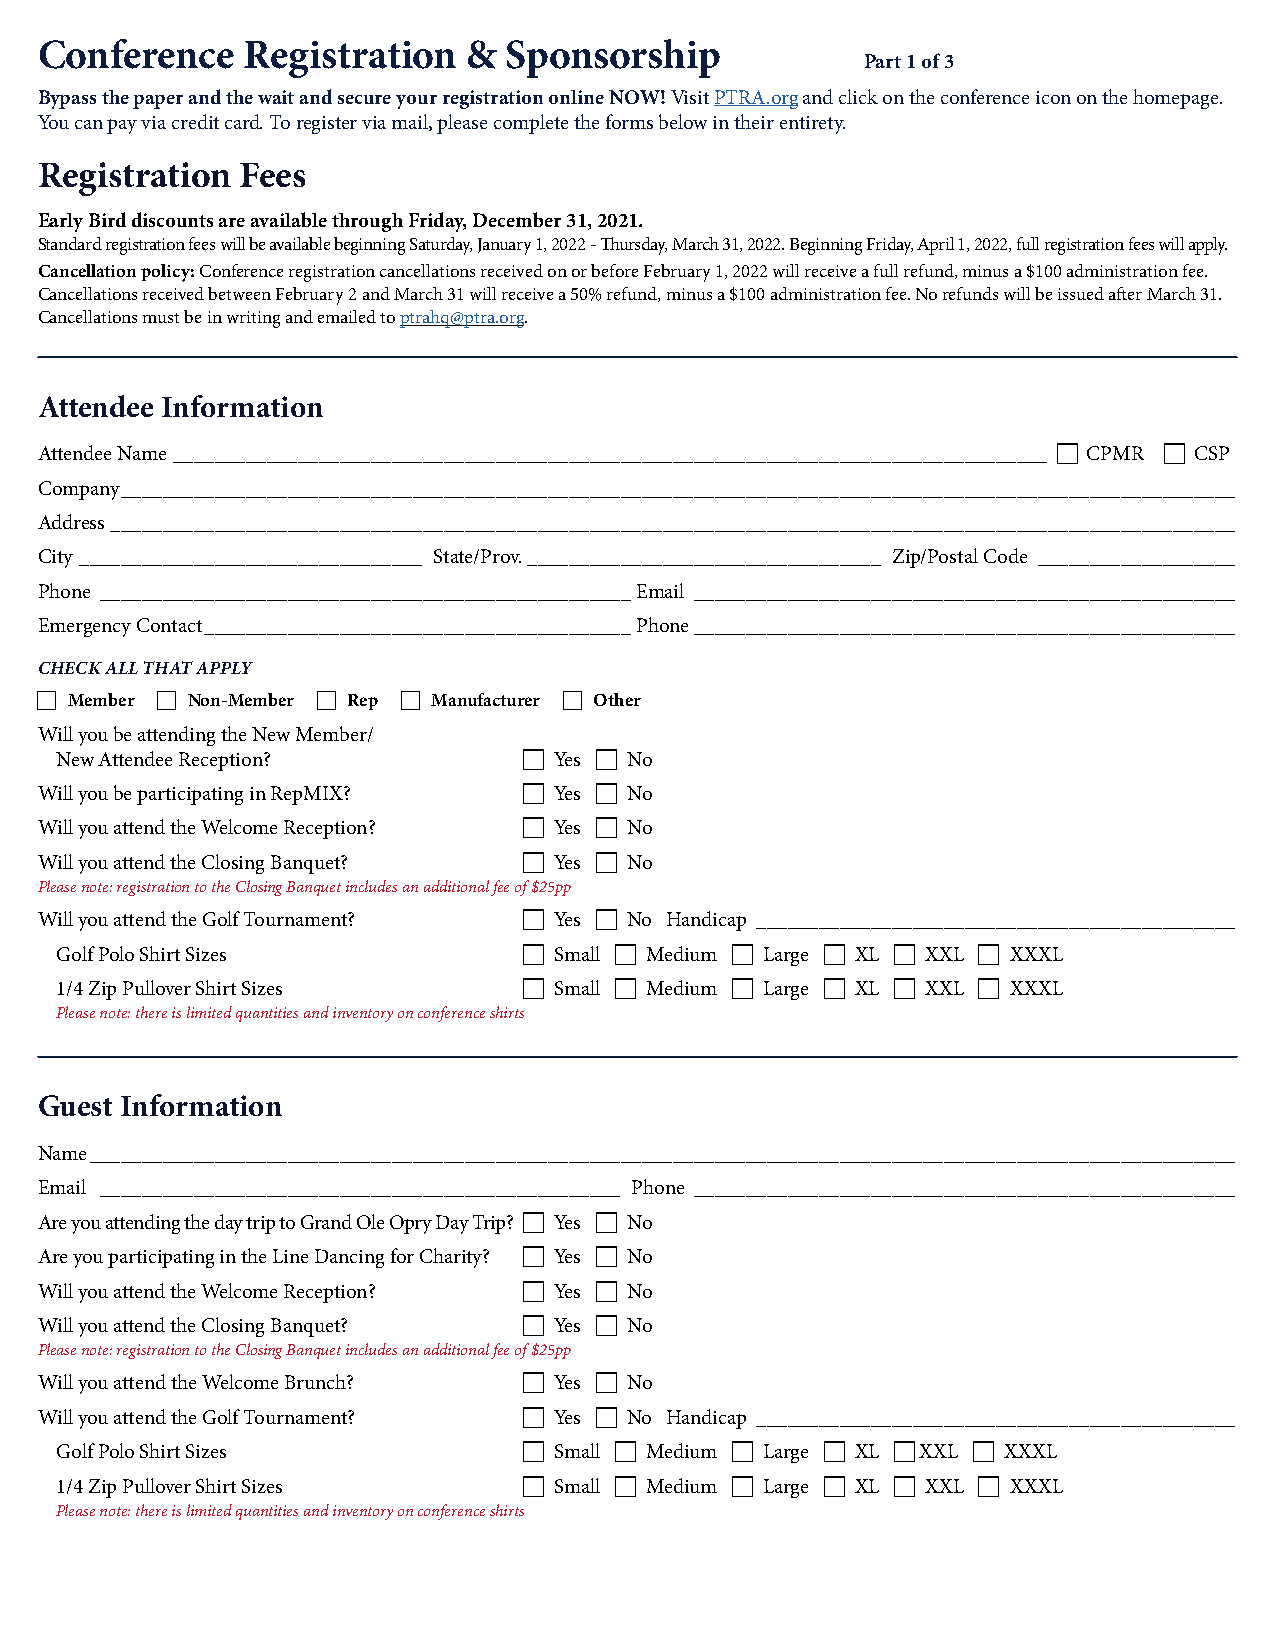
Conference    Registration   & Sponsorship
 Part 1 of 3
 Bypass the paper and the wait and secure your registration online NOW! Visit PTRA.org and click on the conference icon on the homepage.
 You can pay via credit card. To register via mail, please complete the forms below in their entirety.
 Registration  Fees
 Early Bird discounts are available through Friday, December 31, 2021.
 Standard registration fees will be available beginning Saturday, January 1, 2022 - Thursday, March 31, 2022. Beginning Friday, April 1, 2022, full registration fees will apply.
 Cancellation policy: Conference registration cancellations received on or before February 1, 2022 will receive a full refund, minus a $100 administration fee.
 Cancellations received between February 2 and March 31 will receive a 50% refund, minus a $100 administration fee. No refunds will be issued after March 31.
 Cancellations must be in writing and emailed to ptrahq@ptra.org.
 Attendee Information
 Attendee Name ____________________________________________________________________________________  CPMR  CSP
 Company ___________________________________________________________________________________________________________
 Address ____________________________________________________________________________________________________________
 City _________________________________ State/Prov. __________________________________ Zip/Postal Code ___________________
 Phone ___________________________________________________ Email ____________________________________________________
 Emergency Contact _________________________________________ Phone ____________________________________________________
 CHECK ALL THAT APPLY
   Member  Non-Member  Rep  Manufacturer  Other
 Will you be attending the New Member/
 New Attendee Reception?         Yes  No
 Will you be participating in RepMIX?  Yes  No
 Will you attend the Welcome Reception?  Yes  No
 Will you attend the Closing Banquet?  Yes  No
 Please note: registration to the Closing Banquet includes an additional fee of $25pp
 Will you attend the Golf Tournament?  Yes  No Handicap ______________________________________________
 Golf Polo Shirt Sizes           Small  Medium  Large  XL  XXL  XXXL
 1/4 Zip Pullover Shirt Sizes    Small  Medium  Large  XL  XXL  XXXL
 Please note: there is limited quantities and inventory on conference shirts
 Guest Information
 Name ______________________________________________________________________________________________________________
 Email __________________________________________________ Phone ____________________________________________________
 Are you attending the day trip to Grand Ole Opry Day Trip?  Yes  No
 Are you participating in the Line Dancing for Charity?  Yes  No
 Will you attend the Welcome Reception?  Yes  No
 Will you attend the Closing Banquet?  Yes  No
 Please note: registration to the Closing Banquet includes an additional fee of $25pp
 Will you attend the Welcome Brunch?  Yes  No
 Will you attend the Golf Tournament?  Yes  No Handicap ______________________________________________
 Golf Polo Shirt Sizes           Small  Medium  Large  XL  XXL  XXXL
 1/4 Zip Pullover Shirt Sizes    Small  Medium  Large  XL  XXL  XXXL
 Please note: there is limited quantities and inventory on conference shirts